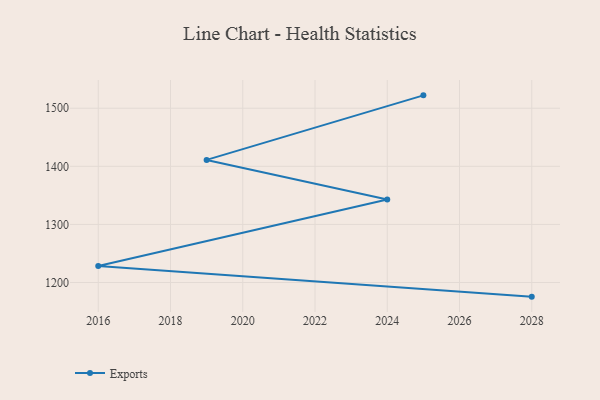
{"axis": {"x": "Year", "y": "Headcount"}, "legend": ["Exports"], "data": [{"x": "2028", "y": 1175.7, "type": "Exports"}, {"x": "2016", "y": 1228.5, "type": "Exports"}, {"x": "2024", "y": 1343.0, "type": "Exports"}, {"x": "2019", "y": 1411.0, "type": "Exports"}, {"x": "2025", "y": 1522.1, "type": "Exports"}]}